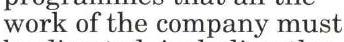
work of the company must